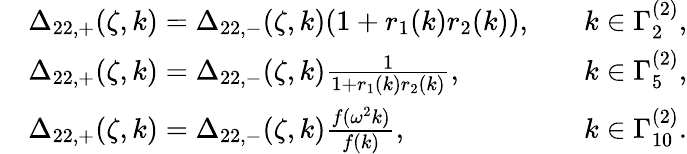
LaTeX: \begin{array}{rlrl}&{\Delta_{22,+}(\zeta,k)=\Delta_{22,-}(\zeta,k)(1+r_{1}(k)r_{2}(k)),}&&{k\in\Gamma_{2}^{(2)},}\\ &{\Delta_{22,+}(\zeta,k)=\Delta_{22,-}(\zeta,k)\frac{1}{1+r_{1}(k)r_{2}(k)},}&&{k\in\Gamma_{5}^{(2)},}\\ &{\Delta_{22,+}(\zeta,k)=\Delta_{22,-}(\zeta,k)\frac{f(\omega^{2}k)}{f(k)},}&&{k\in\Gamma_{10}^{(2)}.}\end{array}